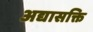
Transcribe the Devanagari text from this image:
अद्यासक्ति